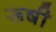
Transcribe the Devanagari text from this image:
रूषी